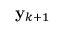
\mathbf { y } _ { k + 1 }